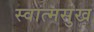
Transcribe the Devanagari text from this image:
स्वात्मसुख